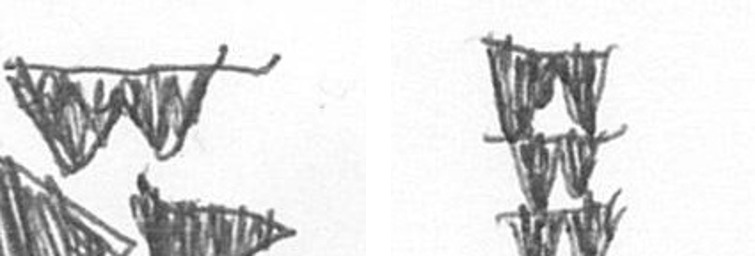
B Y